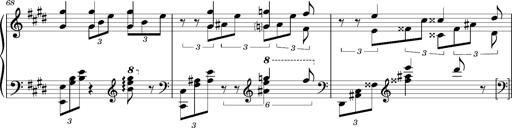
Title: PrÃ©ludes et Harmonies poÃ©tiques et religieuses
Composer: Franz Liszt